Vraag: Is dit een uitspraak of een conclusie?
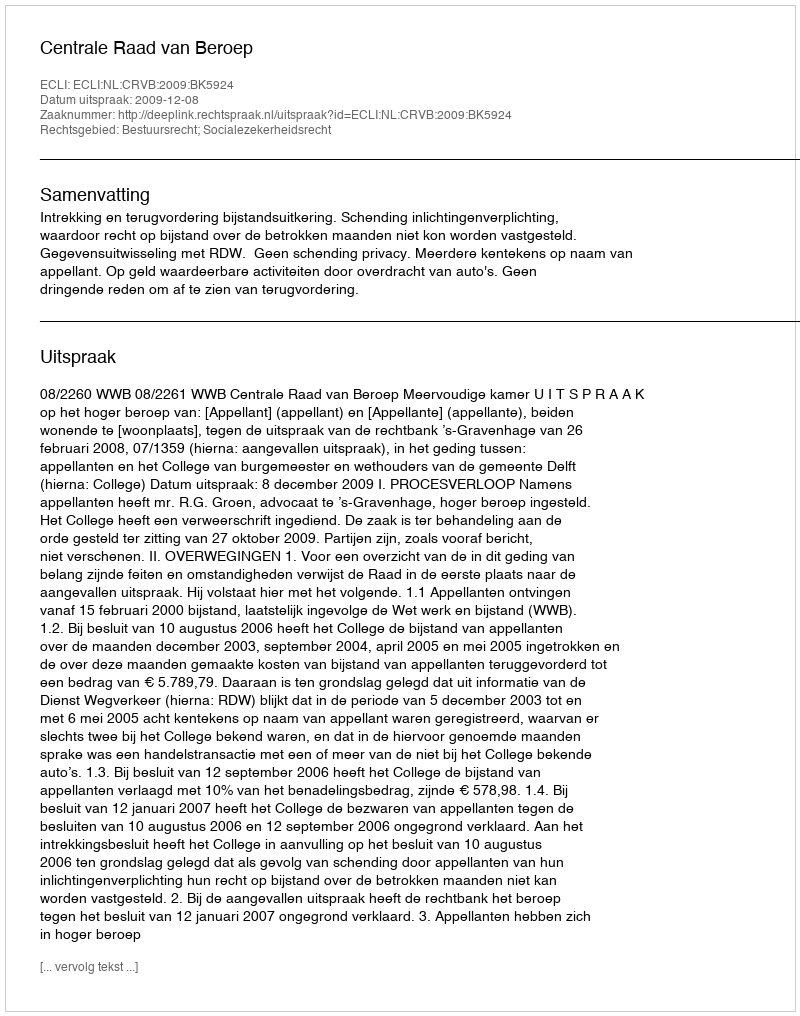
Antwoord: Uitspraak